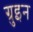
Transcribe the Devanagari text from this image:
ग्रुइन